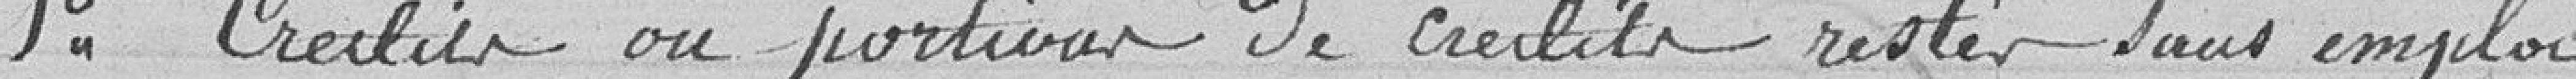
1° Crédits ou portion de crédits restés sans emploi